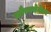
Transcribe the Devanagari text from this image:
कौरवसेनेवर